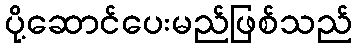
ပို့ဆောင်ပေးမည်ဖြစ်သည်